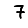
Digit: 7